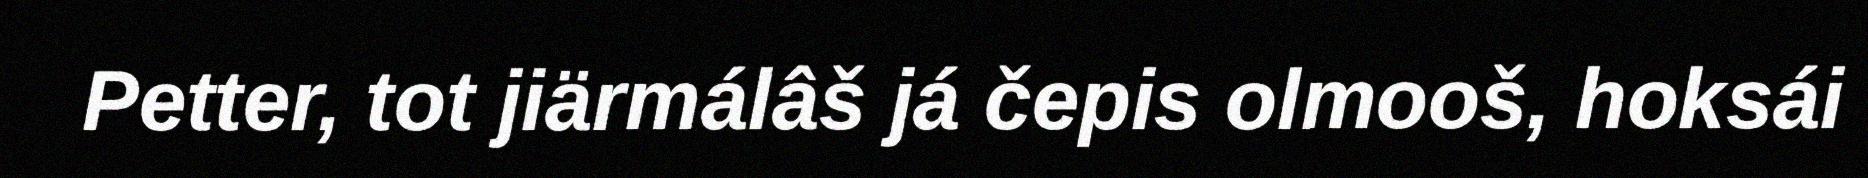
Petter, tot jiärmálâš já čepis olmooš, hoksái